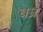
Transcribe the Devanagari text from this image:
धम्र